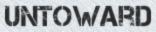
UNTOWARD